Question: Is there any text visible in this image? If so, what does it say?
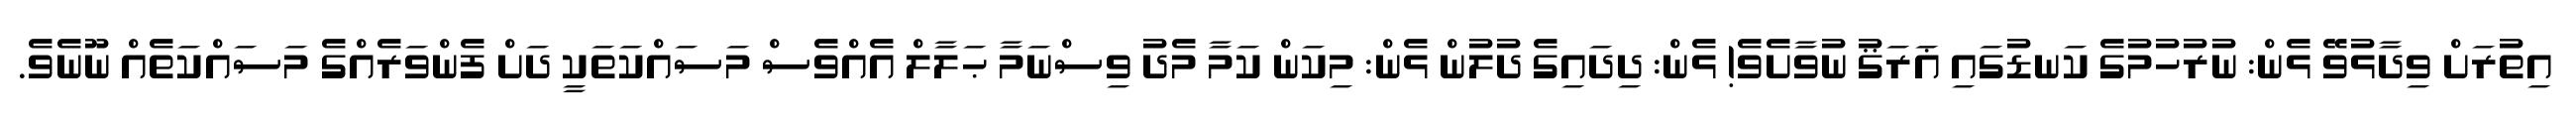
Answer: އިތުރަށް ވިދާޅުވޭ ޅެން: ނުރުހުމުގެ ކަނޑުގައި ޣަރަޤު ނުވާށެވެ! ޅެން: ދިދައިގެ ދުލުން ޅެން: މިކަން ކަމާ މެދު ވިސްނަމާ ޙަލާލް އެއްވެސް މަސައްކަތަކީ ދަށް ފެންވަރެއްގެ މަސައްކަތެއް ނޫނެވެ.